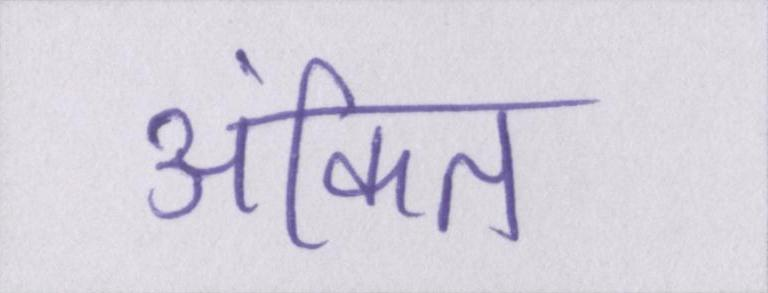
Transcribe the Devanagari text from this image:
अंकित